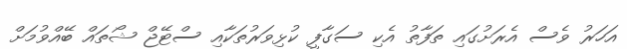
އަހަރު ވެސް އެރަށުގައި ތަފާތު އެކި ސަގާފީ ކުޅިވަރުތަކާއި ސްޓޭޖް ޝޯތައް ބޭއްވުމަށް